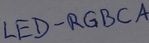
Text: LED-RGBCA